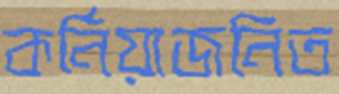
কর্নিয়াজনিত